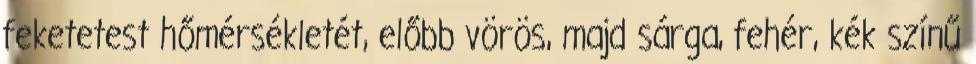
feketetest hőmérsékletét, előbb vörös, majd sárga, fehér, kék színű